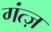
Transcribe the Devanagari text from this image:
गंत्ज़